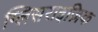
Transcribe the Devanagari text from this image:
ग्लिसराइज़िक